Subject: physics
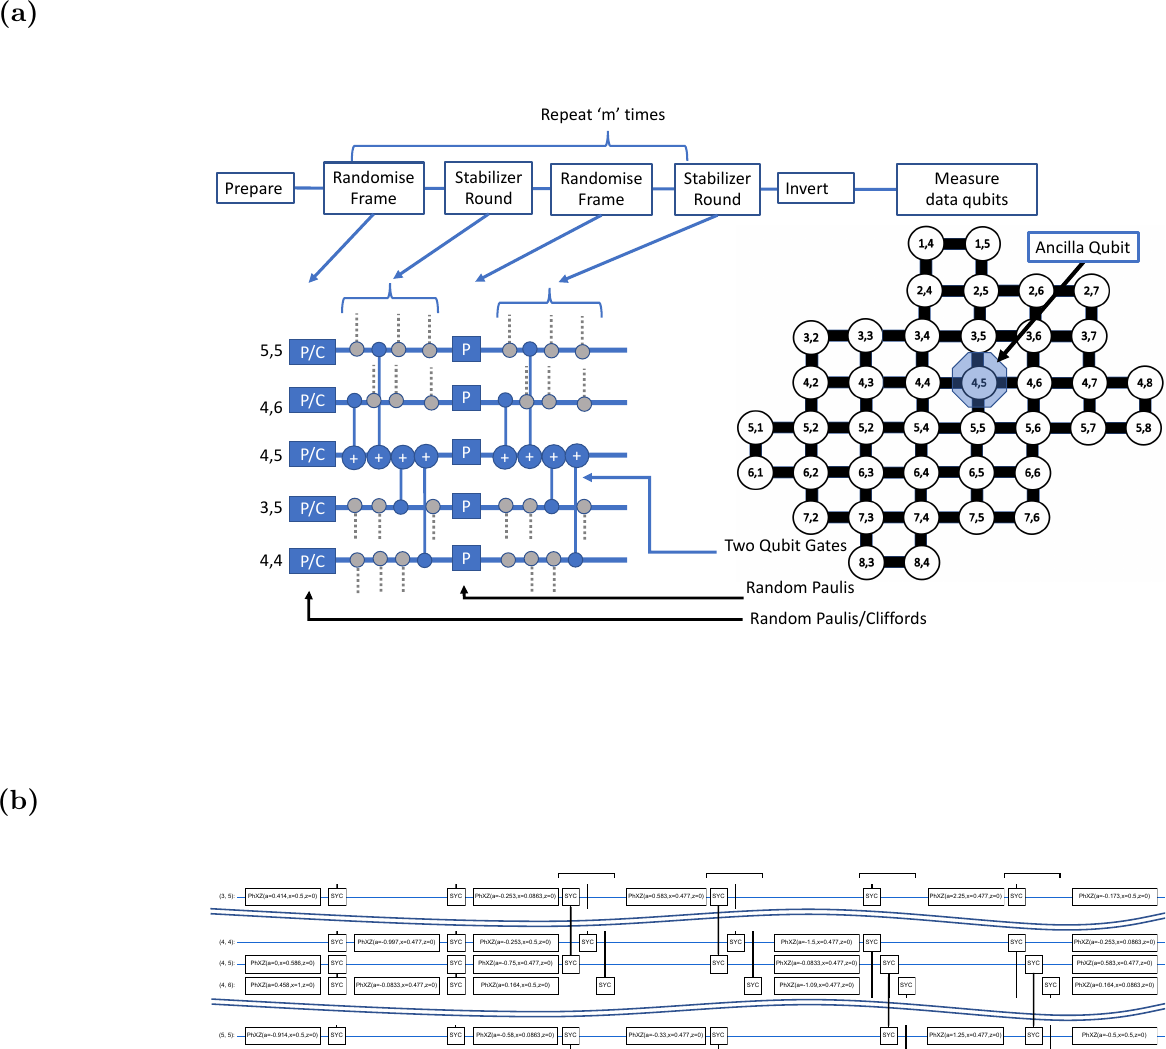
LaTeX code:
    \begin{tikzpicture}
	\node[inner sep=0pt] at (-0,6.5)         {\includegraphics[width=\textwidth]{9417_figures_scExtract.pdf}};
	\node at (-8.5,11) {\textbf{(a)}};
	\node[inner sep=0pt] at (0,-1)         {\includegraphics[width=\textwidth]{9418_figures_circuitExtract.pdf}};
	\node at (-8.5,1) {\textbf{(b)}};
    \end{tikzpicture}